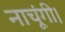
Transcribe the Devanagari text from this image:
नाचूंगी।